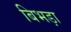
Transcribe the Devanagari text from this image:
बिभड़ा